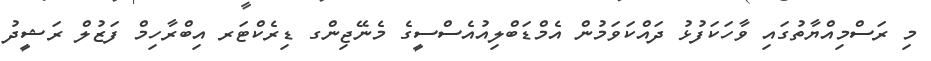
މި ރަސްމިއްޔާތުގައި ވާހަކަފުޅު ދައްކަވަމުން އެމްޑަބްލިއުއެސްސީގެ މެނޭޖިންގ ޑިރެކްޓަރ އިބްރާހިމް ފަޒުލް ރަޝީދު